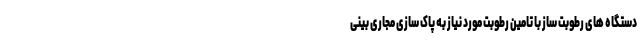
دستگاه های رطوبت ساز با تامین رطوبت مورد نیاز به پاک سازی مجاری بینی